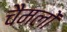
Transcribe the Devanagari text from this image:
चैमलों